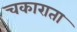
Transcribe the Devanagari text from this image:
चकाराता